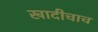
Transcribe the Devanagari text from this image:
खादीचाच